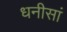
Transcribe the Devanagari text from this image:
धनीसां